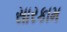
સારકામ